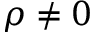
\rho \neq 0